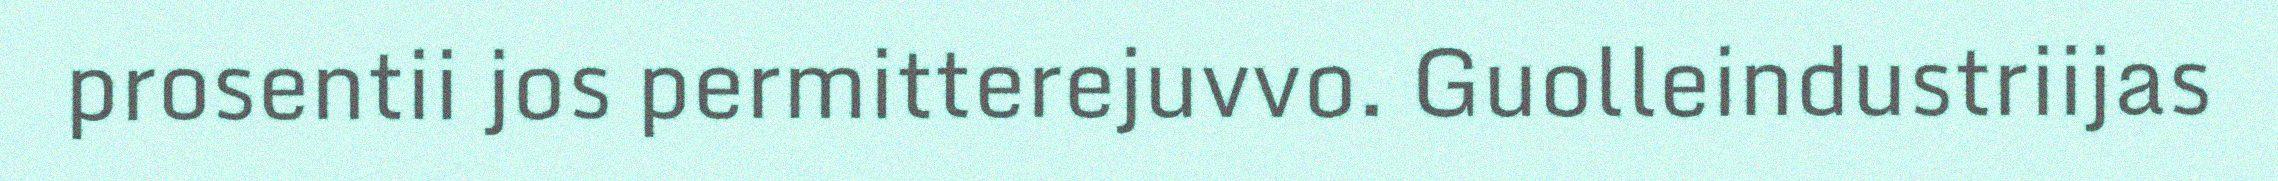
prosentii jos permitterejuvvo. Guolleindustriijas